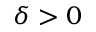
\delta > 0